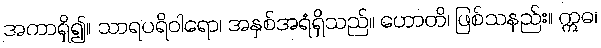
အကာရှိ၍။ သာရပရိဝါရော၊ အနှစ်အရံရှိသည်။ ဟောတိ၊ ဖြစ်သနည်း။ ဣဓ၊